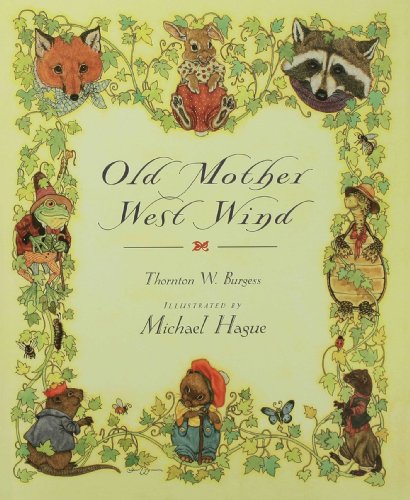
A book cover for Old Mother West Wind; Thornton W. Burgess; Children's Books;